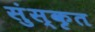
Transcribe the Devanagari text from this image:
सुंस्कृत